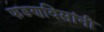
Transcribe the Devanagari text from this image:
फडणविसांनी